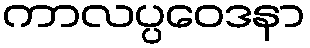
ကာလပ္ပဝေဒနာ